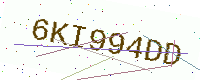
Text: 6KI994DD